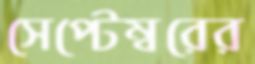
সেপ্টেম্বরের